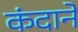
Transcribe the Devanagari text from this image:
कंदाने